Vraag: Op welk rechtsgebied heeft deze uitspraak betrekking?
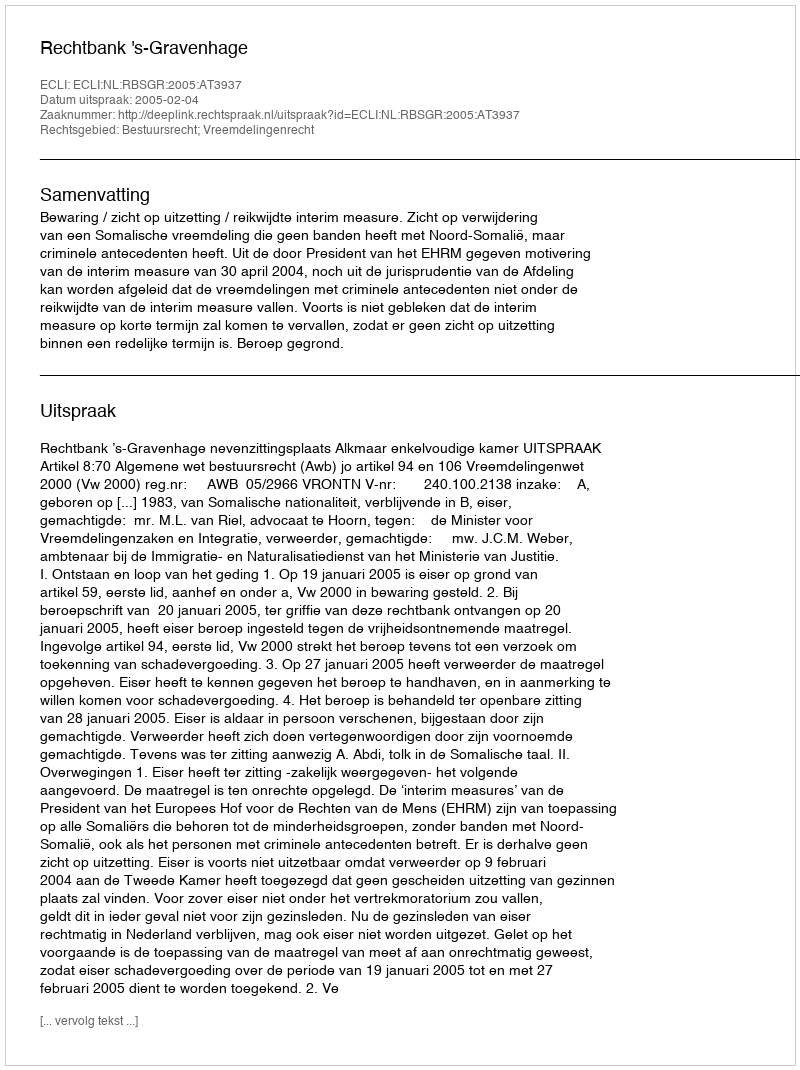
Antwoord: Bestuursrecht; Vreemdelingenrecht